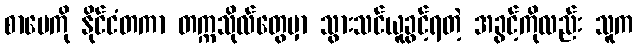
စာပေကို နိုင်ငံတကာ တက္ကသိုလ်တွေမှာ သွားသင်ယူခွင့်ရတဲ့ အခွင့်ကိုလည်း သူက